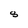
Character: 8